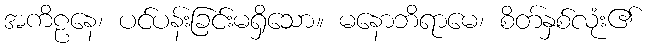
အကိဠနေ၊ ပင်ပန်းခြင်းမရှိသော။ မနောဘိရာမေ၊ စိတ်နှစ်လုံး၏